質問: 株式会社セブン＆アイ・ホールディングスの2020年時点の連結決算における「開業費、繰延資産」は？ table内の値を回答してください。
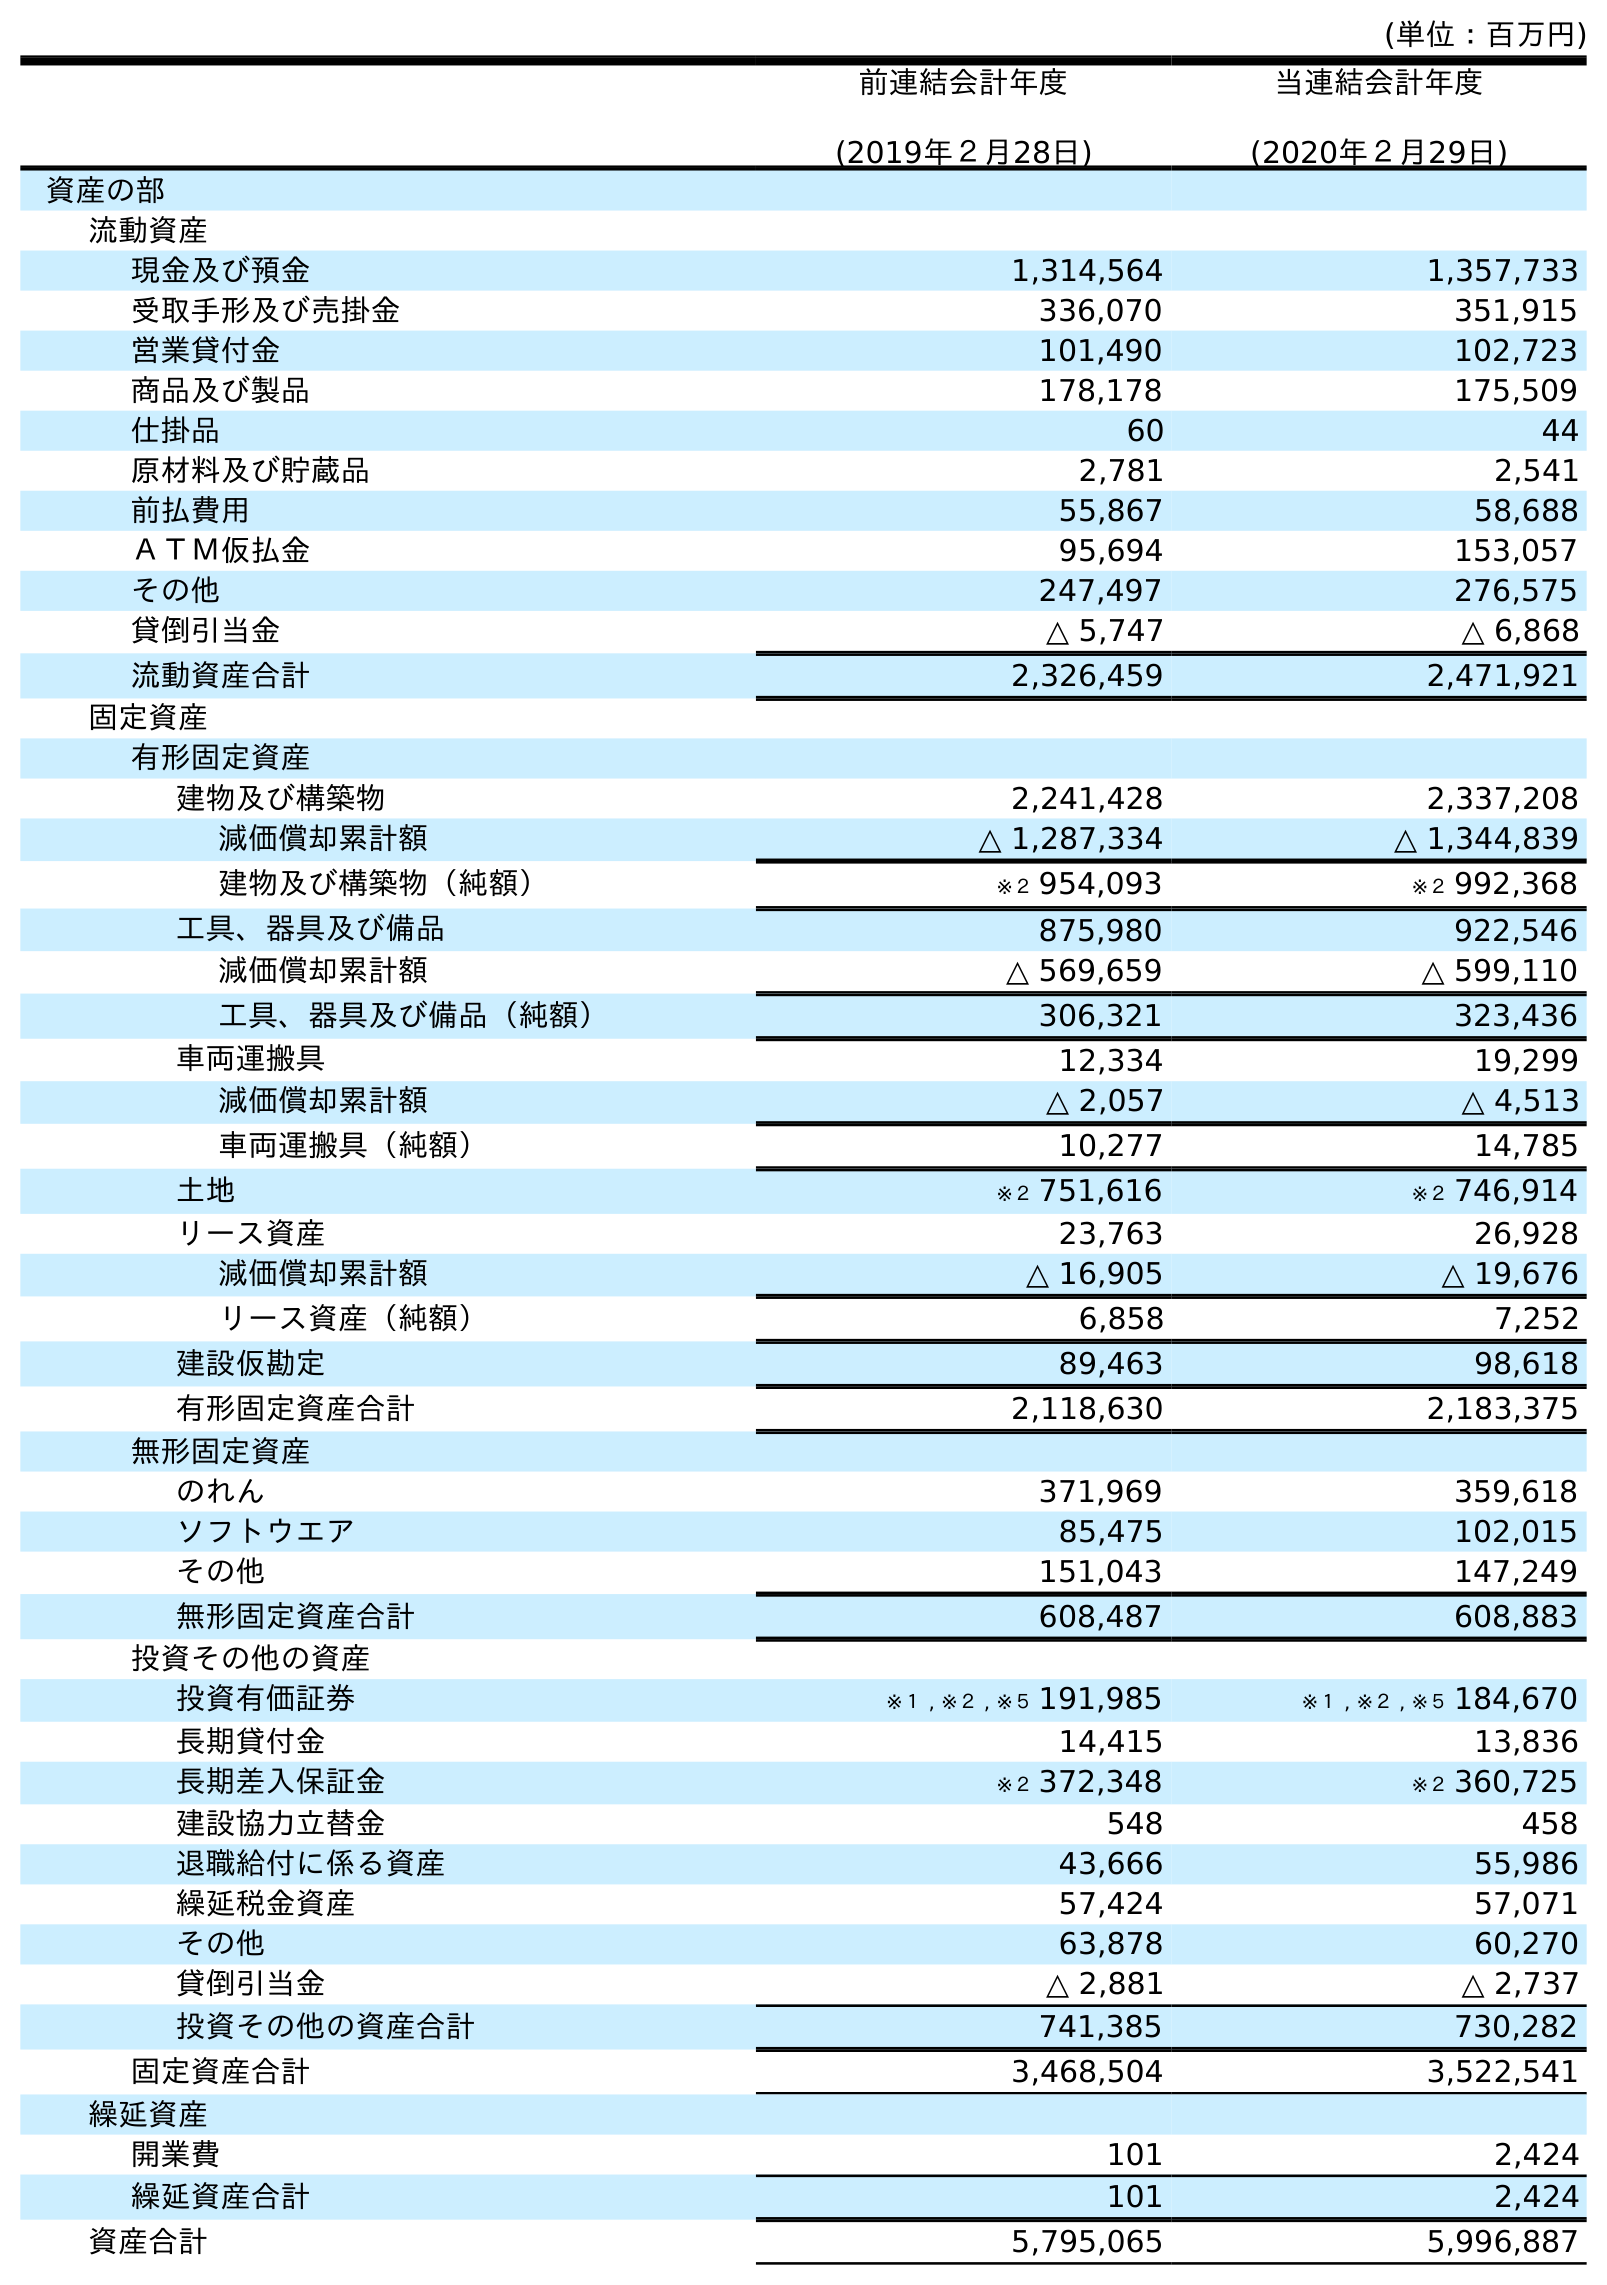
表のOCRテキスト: (単位：百万円) 前連結会計年度 (2019年２月28日) 当連結会計年度 (2020年２月29日) 資産の部 流動資産 現金及び預金 1,314,564 1,357,733 受取手形及び売掛金 336,070 351,915 営業貸付金 101,490 102,723 商品及び製品 178,178 175,509 仕掛品 60 44 原材料及び貯蔵品 2,781 2,541 前払費用 55,867 58,688 ＡＴＭ仮払金 95,694 153,057 その他 247,497 276,575 貸倒引当金 △ 5,747 △ 6,868 流動資産合計 2,326,459 2,471,921 固定資産 有形固定資産 建物及び構築物 2,241,428 2,337,208 減価償却累計額 △ 1,287,334 △ 1,344,839 建物及び構築物（純額） ※２ 954,093 ※２ 992,368 工具、器具及び備品 875,980 922,546 減価償却累計額 △ 569,659 △ 599,110 工具、器具及び備品（純額） 306,321 323,436 車両運搬具 12,334 19,299 減価償却累計額 △ 2,057 △ 4,513 車両運搬具（純額） 10,277 14,785 土地 ※２ 751,616 ※２ 746,914 リース資産 23,763 26,928 減価償却累計額 △ 16,905 △ 19,676 リース資産（純額） 6,858 7,252 建設仮勘定 89,463 98,618 有形固定資産合計 2,118,630 2,183,375 無形固定資産 のれん 371,969 359,618 ソフトウエア 85,475 102,015 その他 151,043 147,249 無形固定資産合計 608,487 608,883 投資その他の資産 投資有価証券 ※１ , ※２ , ※５ 191,985 ※１ , ※２ , ※５ 184,670 長期貸付金 14,415 13,836 長期差入保証金 ※２ 372,348 ※２ 360,725 建設協力立替金 548 458 退職給付に係る資産 43,666 55,986 繰延税金資産 57,424 57,071 その他 63,878 60,270 貸倒引当金 △ 2,881 △ 2,737 投資その他の資産合計 741,385 730,282 固定資産合計 3,468,504 3,522,541 繰延資産 開業費 101 2,424 繰延資産合計 101 2,424 資産合計 5,795,065 5,996,887
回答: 2,424